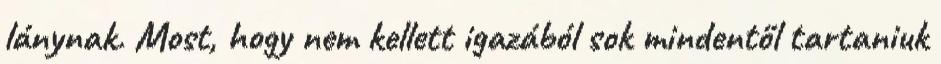
lánynak. Most, hogy nem kellett igazából sok mindentől tartaniuk